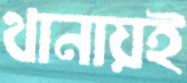
থানায়ই